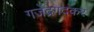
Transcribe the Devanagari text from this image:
गजेंद्रगदकर